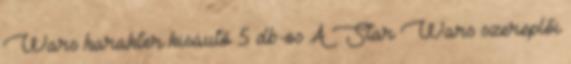
Wars karakter kisautó 5 db-os A Star Wars szereplői